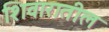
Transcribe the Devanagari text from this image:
शिवारातील